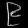
Digit: ၉